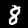
Digit: 8